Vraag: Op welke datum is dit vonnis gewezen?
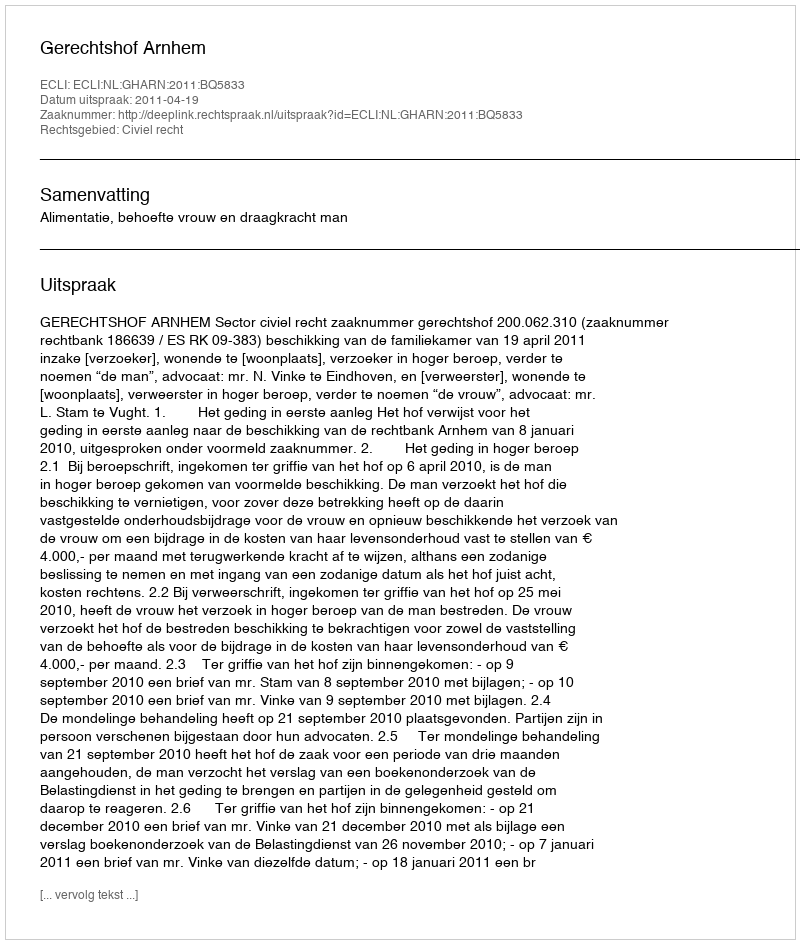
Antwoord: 2011-04-19